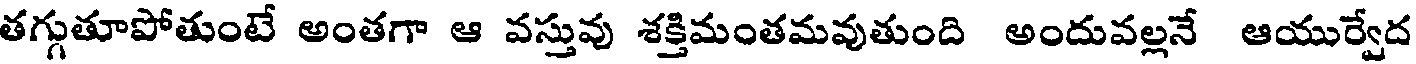
తగ్గుతూపోతుంటే అంతగా ఆ వస్తువు శక్తిమంతమవుతుంది అందువల్లనే ఆయుర్వేద